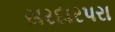
સરદારપરા